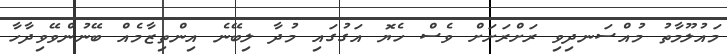
މައުލޫމާތު މުއްސަނދިވި ރަށްރަށަށް ވެސް ހެޔޮ އަގުގައި މުދާ ލިބޭނެ އިންތިޒާމެއް ބޭނުންވޭވިދާހާ